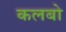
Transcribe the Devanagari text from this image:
कलबो